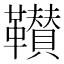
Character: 𩍴